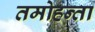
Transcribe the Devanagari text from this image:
तमोहन्ता